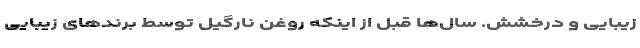
زیبایی و درخشش. سال­ها قبل از اینکه روغن نارگیل توسط برندهای زیبایی